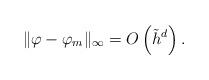
LaTeX: \begin{align*}\|\varphi - \varphi_m \|_\infty = O \left ( \tilde{h}^{d} \right ).\end{align*}